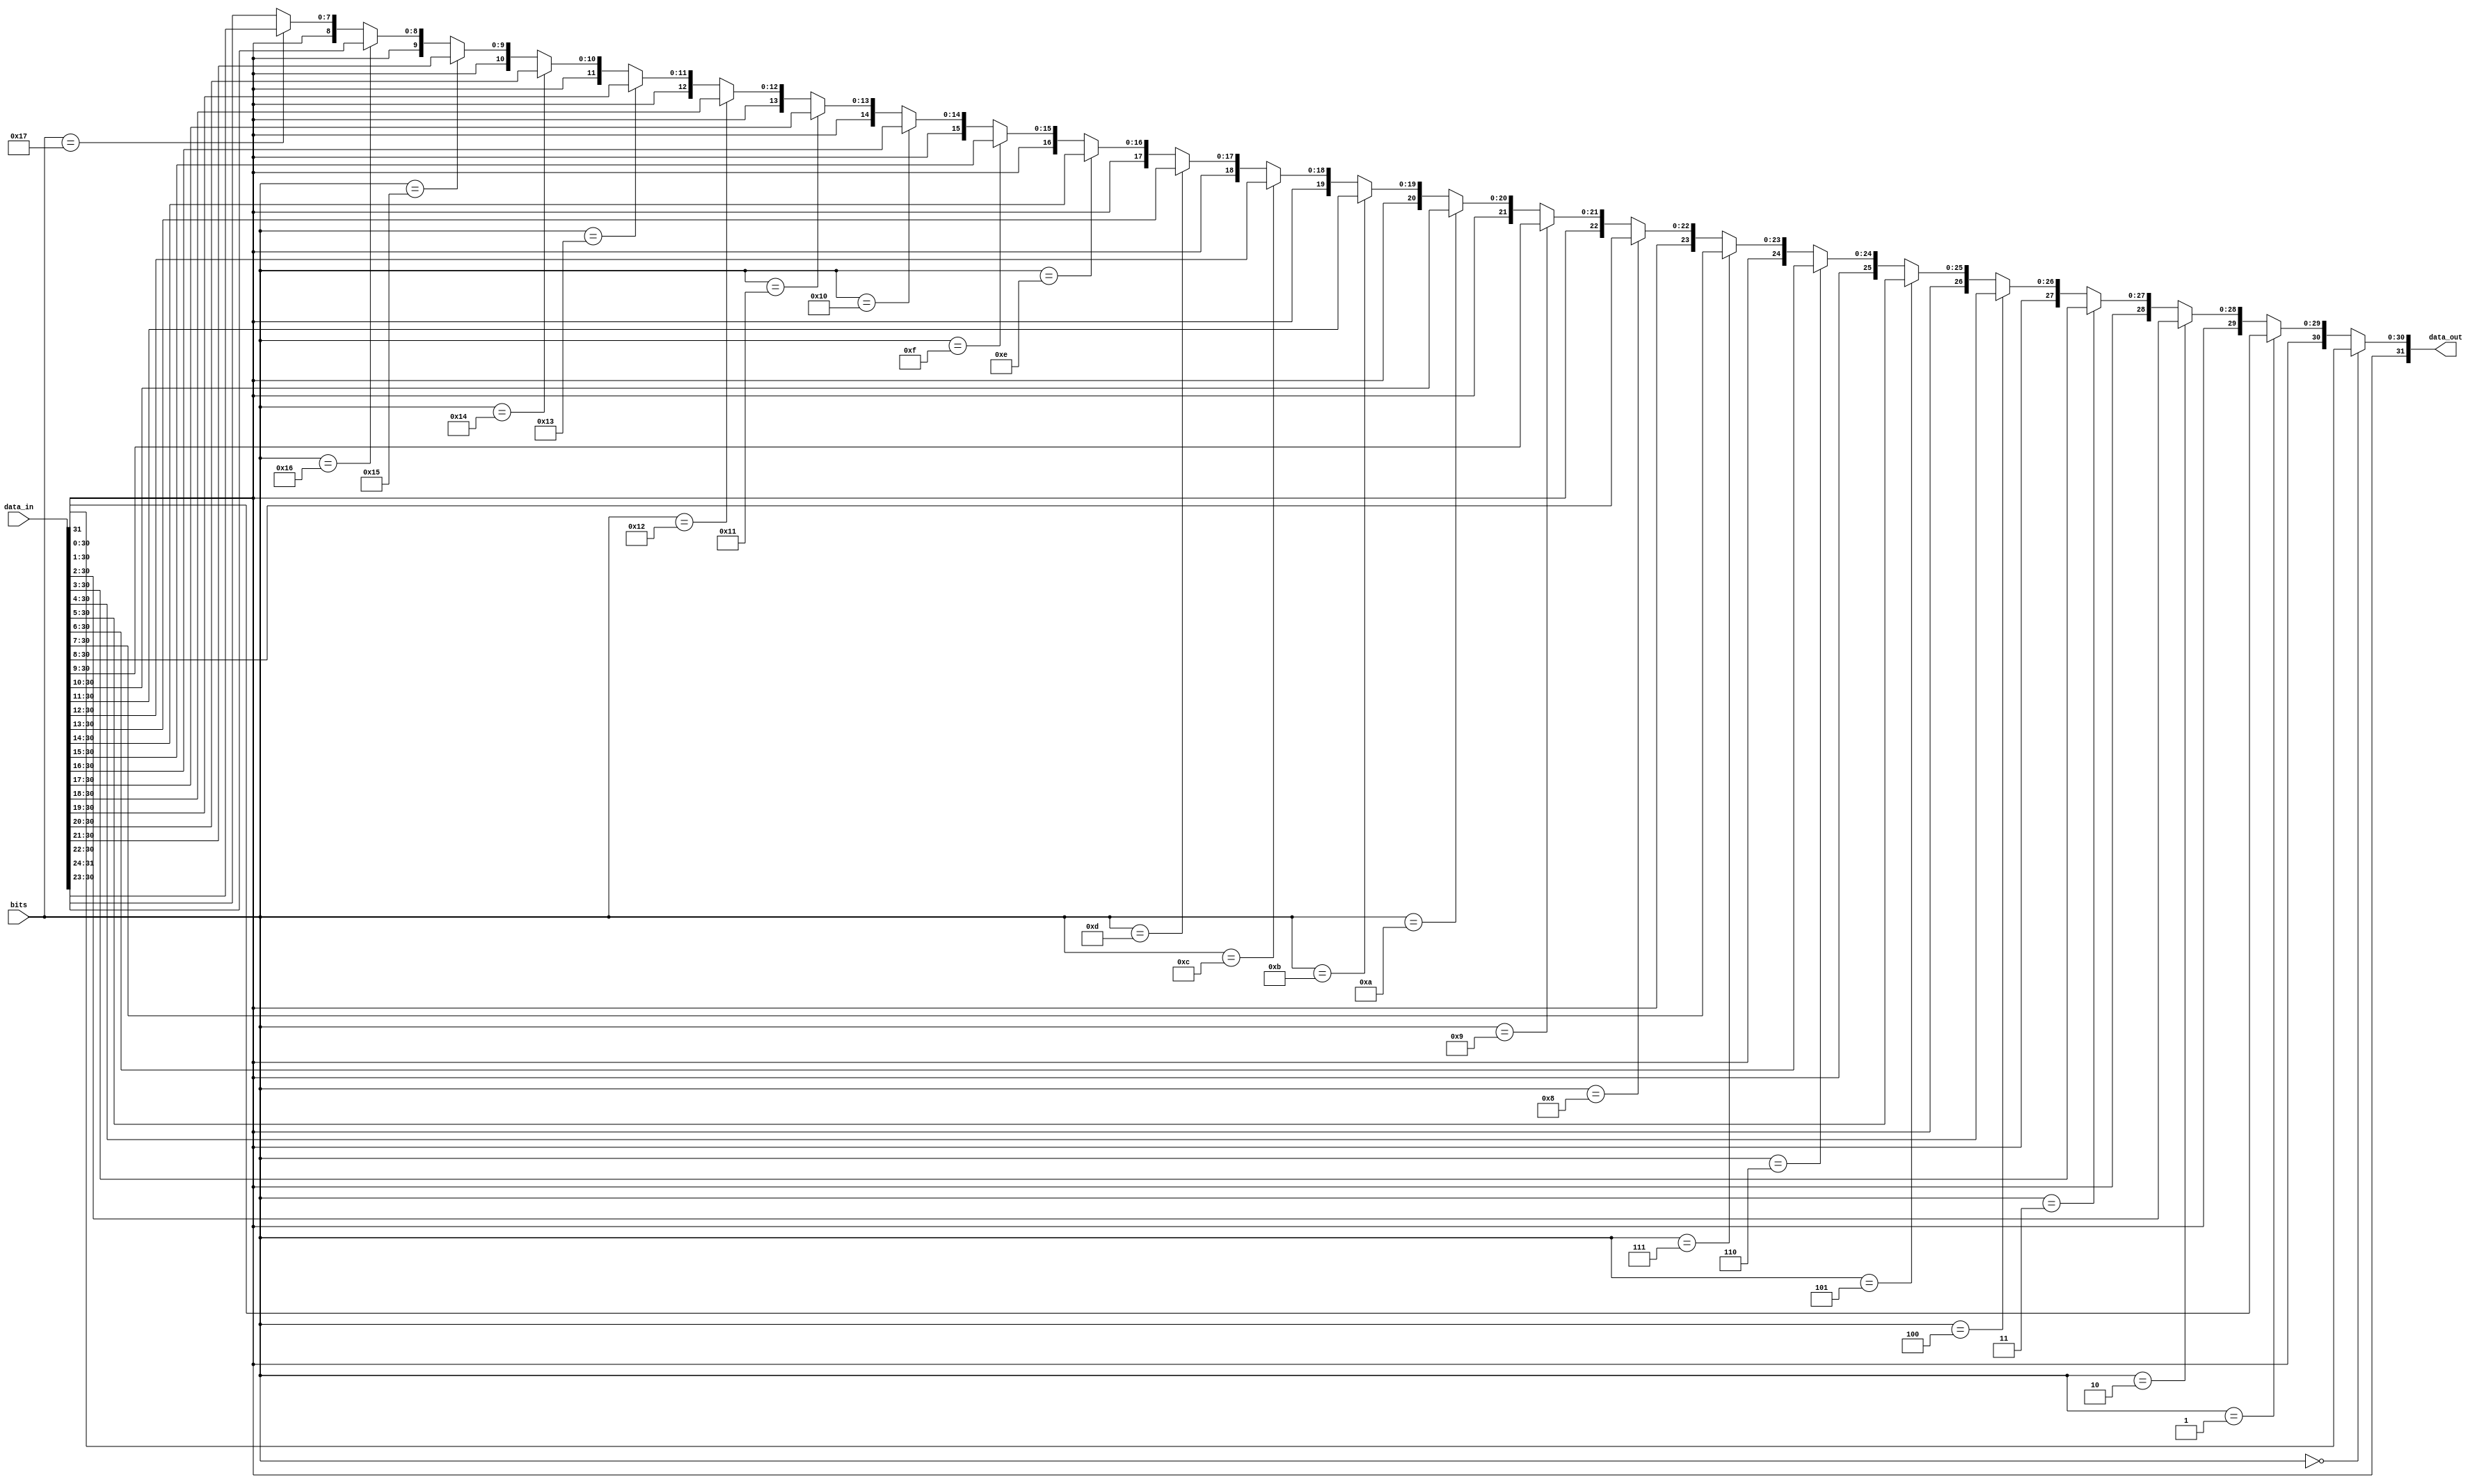
/*
 * * * * * * * * * * * * * * * * * * * * * * * * * * * * * * * * * * * * * * * * * * * * * * * * *
 *
 *  @file: shift.v
 *
 *  @brief: shift register data unit
 *
 *  @author: Shatilov Sergej
 *
 *  @date: 13.02.2018
 *
 * * * * * * * * * * * * * * * * * * * * * * * * * * * * * * * * * * * * * * * * * * * * * * * * *
*/

module SHIFT
(
  input  wire [4:0]  bits,      // value shift bits for data filter
  input  wire [31:0] data_in,   // data input
  output wire [31:0] data_out   // data output
);

  assign data_out = (bits == 5'h00) ? data_in[31:0] :                           // 0
                    (bits == 5'h01) ? {    data_in[31],   data_in[31:1] } :     // 1
                    (bits == 5'h02) ? {{ 2{data_in[31]}}, data_in[31:2] } :     // 2
                    (bits == 5'h03) ? {{ 3{data_in[31]}}, data_in[31:3] } :     // 3
                    (bits == 5'h04) ? {{ 4{data_in[31]}}, data_in[31:4] } :     // 4
                    (bits == 5'h05) ? {{ 5{data_in[31]}}, data_in[31:5] } :     // 5
                    (bits == 5'h06) ? {{ 6{data_in[31]}}, data_in[31:6] } :     // 6
                    (bits == 5'h07) ? {{ 7{data_in[31]}}, data_in[31:7] } :     // 7
                    (bits == 5'h08) ? {{ 8{data_in[31]}}, data_in[31:8] } :     // 8
                    (bits == 5'h09) ? {{ 9{data_in[31]}}, data_in[31:9] } :     // 9
                    (bits == 5'h0A) ? {{10{data_in[31]}}, data_in[31:10]} :     // 10
                    (bits == 5'h0B) ? {{11{data_in[31]}}, data_in[31:11]} :     // 11
                    (bits == 5'h0C) ? {{12{data_in[31]}}, data_in[31:12]} :     // 12
                    (bits == 5'h0D) ? {{13{data_in[31]}}, data_in[31:13]} :     // 13
                    (bits == 5'h0E) ? {{14{data_in[31]}}, data_in[31:14]} :     // 14
                    (bits == 5'h0F) ? {{15{data_in[31]}}, data_in[31:15]} :     // 15
                    (bits == 5'h10) ? {{16{data_in[31]}}, data_in[31:16]} :     // 16
                    (bits == 5'h11) ? {{17{data_in[31]}}, data_in[31:17]} :     // 17
                    (bits == 5'h12) ? {{18{data_in[31]}}, data_in[31:18]} :     // 18
                    (bits == 5'h13) ? {{19{data_in[31]}}, data_in[31:19]} :     // 19
                    (bits == 5'h14) ? {{20{data_in[31]}}, data_in[31:20]} :     // 20
                    (bits == 5'h15) ? {{21{data_in[31]}}, data_in[31:21]} :     // 21
                    (bits == 5'h16) ? {{22{data_in[31]}}, data_in[31:22]} :     // 22
                    (bits == 5'h17) ? {{23{data_in[31]}}, data_in[31:23]} :     // 23
                                      {{24{data_in[31]}}, data_in[31:24]};      // >= 24

endmodule